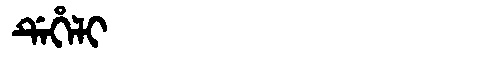
Manchu: ᡩᡝᡥᡝᠯᡳ
Romanization: DEHELI